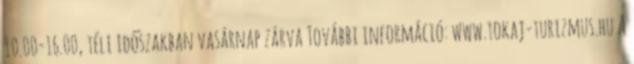
10.00-16.00, téli időszakban vasárnap zárva További információ: www.tokaj-turizmus.hu A